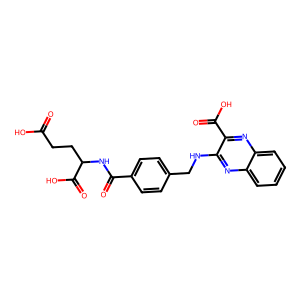
SMILES: O=C(O)CCC(NC(=O)c1ccc(CNc2nc3ccccc3nc2C(=O)O)cc1)C(=O)O
Inhibits HIV replication: No